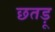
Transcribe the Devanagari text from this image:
छतड़ू